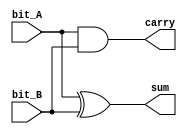
`timescale 1ns / 1ps

//////////////////////////////////////////////////////////////////////////////////
// ACS
// Computer Design 1
//  
// Module Name:  		half_adder_procedural 
// Project Name:		Laborator 6
// Target Devices: 		Digilent Nexys 3
//////////////////////////////////////////////////////////////////////////////////

module half_adder_procedural(
		output reg sum,
		output reg carry,
		input bit_A,
		input bit_B
    );

	// TODO 1.3: Implementati un half-adder utiliznd descrierea la nivel procedural
	always @(*) begin
		sum = bit_A ^ bit_B;
		carry = bit_A & bit_B;
	end
endmodule